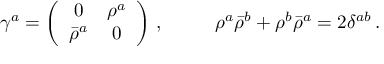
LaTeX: \begin{array} { c c } { { \gamma ^ { a } = \left( \begin{array} { c c } { { 0 } } & { { \rho ^ { a } } } \\ { { \bar { \rho } ^ { a } } } & { { 0 } } \end{array} \right) \, , ~ ~ ~ } } & { { ~ ~ \rho ^ { a } \bar { \rho } ^ { b } + \rho ^ { b } \bar { \rho } ^ { a } = 2 \delta ^ { a b } \, . } } \end{array}